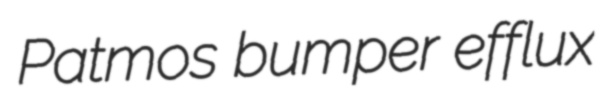
Patmos bumper efflux